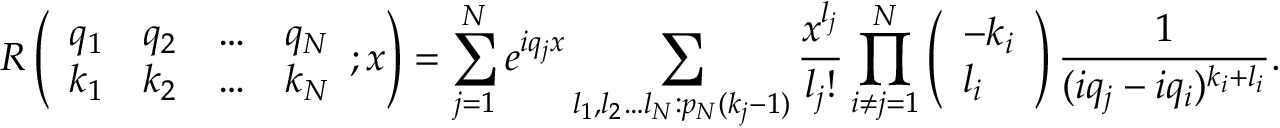
R \left( \begin{array} { l l l l } { q _ { 1 } } & { q _ { 2 } } & { \ldots } & { q _ { N } } \\ { k _ { 1 } } & { k _ { 2 } } & { \ldots } & { k _ { N } } \end{array} ; x \right) = \sum _ { j = 1 } ^ { N } e ^ { i q _ { j } x } \sum _ { l _ { 1 } , l _ { 2 } \ldots l _ { N } : p _ { N } ( k _ { j } - 1 ) } \frac { x ^ { l _ { j } } } { l _ { j } ! } \prod _ { i \neq j = 1 } ^ { N } \left( \begin{array} { l } { - k _ { i } } \\ { l _ { i } } \end{array} \right) \frac { 1 } { ( i q _ { j } - i q _ { i } ) ^ { k _ { i } + l _ { i } } } .